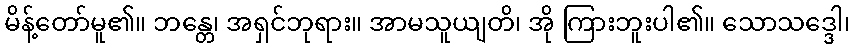
မိန့်တော်မူ၏။ ဘန္တေ၊ အရှင်ဘုရား။ အာမသူယျတိ၊ အို ကြားဘူးပါ၏။ သောသဒ္ဒေါ၊